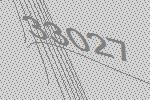
33027